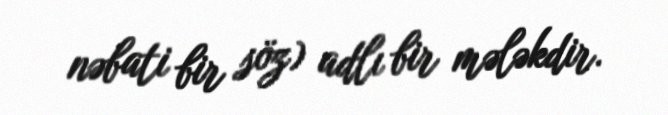
nəbati bir söz) adlı bir mələkdir.